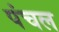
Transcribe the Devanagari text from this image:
पंचल